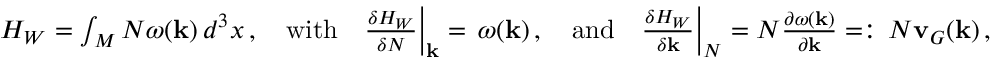
\begin{array} { r } { H _ { W } = \int _ { M } N \omega ( { \mathbf { k } } ) \, d ^ { 3 } x \, , \quad \mathrm { w i t h } \quad \frac { \delta H _ { W } } { \delta N } \Big | _ { { \mathbf { k } } } = \, \omega ( { \mathbf { k } } ) \, , \quad \mathrm { a n d } \quad \frac { \delta H _ { W } } { \delta { \mathbf { k } } } \Big | _ { N } = N \frac { \partial \omega ( { \mathbf { k } } ) } { \partial { \mathbf { k } } } = : \, N { \mathbf { v } } _ { G } ( { \mathbf { k } } ) \, , } \end{array}